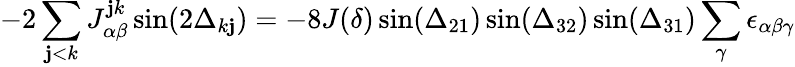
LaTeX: -2\sum_{\mathbf{j}<k}J_{\alpha\beta}^{\mathbf{j}k}\sin(2\Delta_{k\mathbf{j}})=-8J(\delta)\sin(\Delta_{21})\sin(\Delta_{32})\sin(\Delta_{31})\sum_{\gamma}\epsilon_{\alpha\beta\gamma}